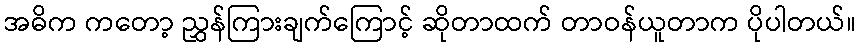
အဓိက ကတော့ ညွှန်ကြားချက်ကြောင့် ဆိုတာထက် တာဝန်ယူတာက ပိုပါတယ်။